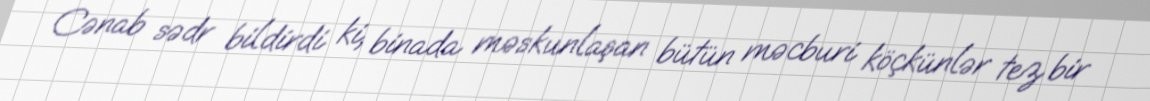
Cənab sədr bildirdi ki, binada məskunlaşan bütün məcburi köçkünlər tez bir